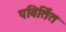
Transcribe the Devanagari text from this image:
पविर्तित